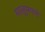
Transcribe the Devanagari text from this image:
मालूमपणे